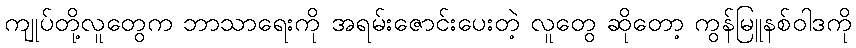
ကျုပ်တို့လူတွေက ဘာသာရေးကို အရမ်းဇောင်းပေးတဲ့ လူတွေ ဆိုတော့ ကွန်မြူနစ်ဝါဒကို